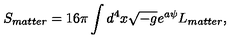
S _ { m a t t e r } = 1 6 \pi \int d ^ { 4 } x \sqrt { - g } e ^ { a \psi } L _ { m a t t e r } ,